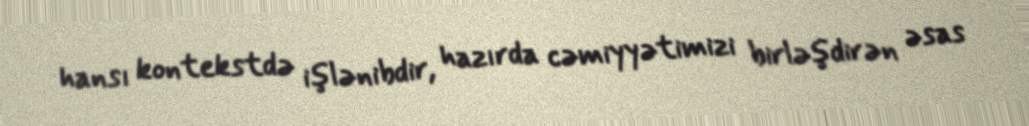
hansı kontekstdə işlənibdir, hazırda cəmiyyətimizi birləşdirən əsas